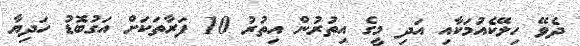
ދެވޭ ހިލޭކެއުމަކާއި އަދި މީގެ އިތުރުން އިތުރު 10 ފަރާތަކަށް އަގުބޮޑު ހަދިޔާ